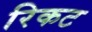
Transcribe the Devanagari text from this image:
रिकट